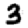
Digit: 3